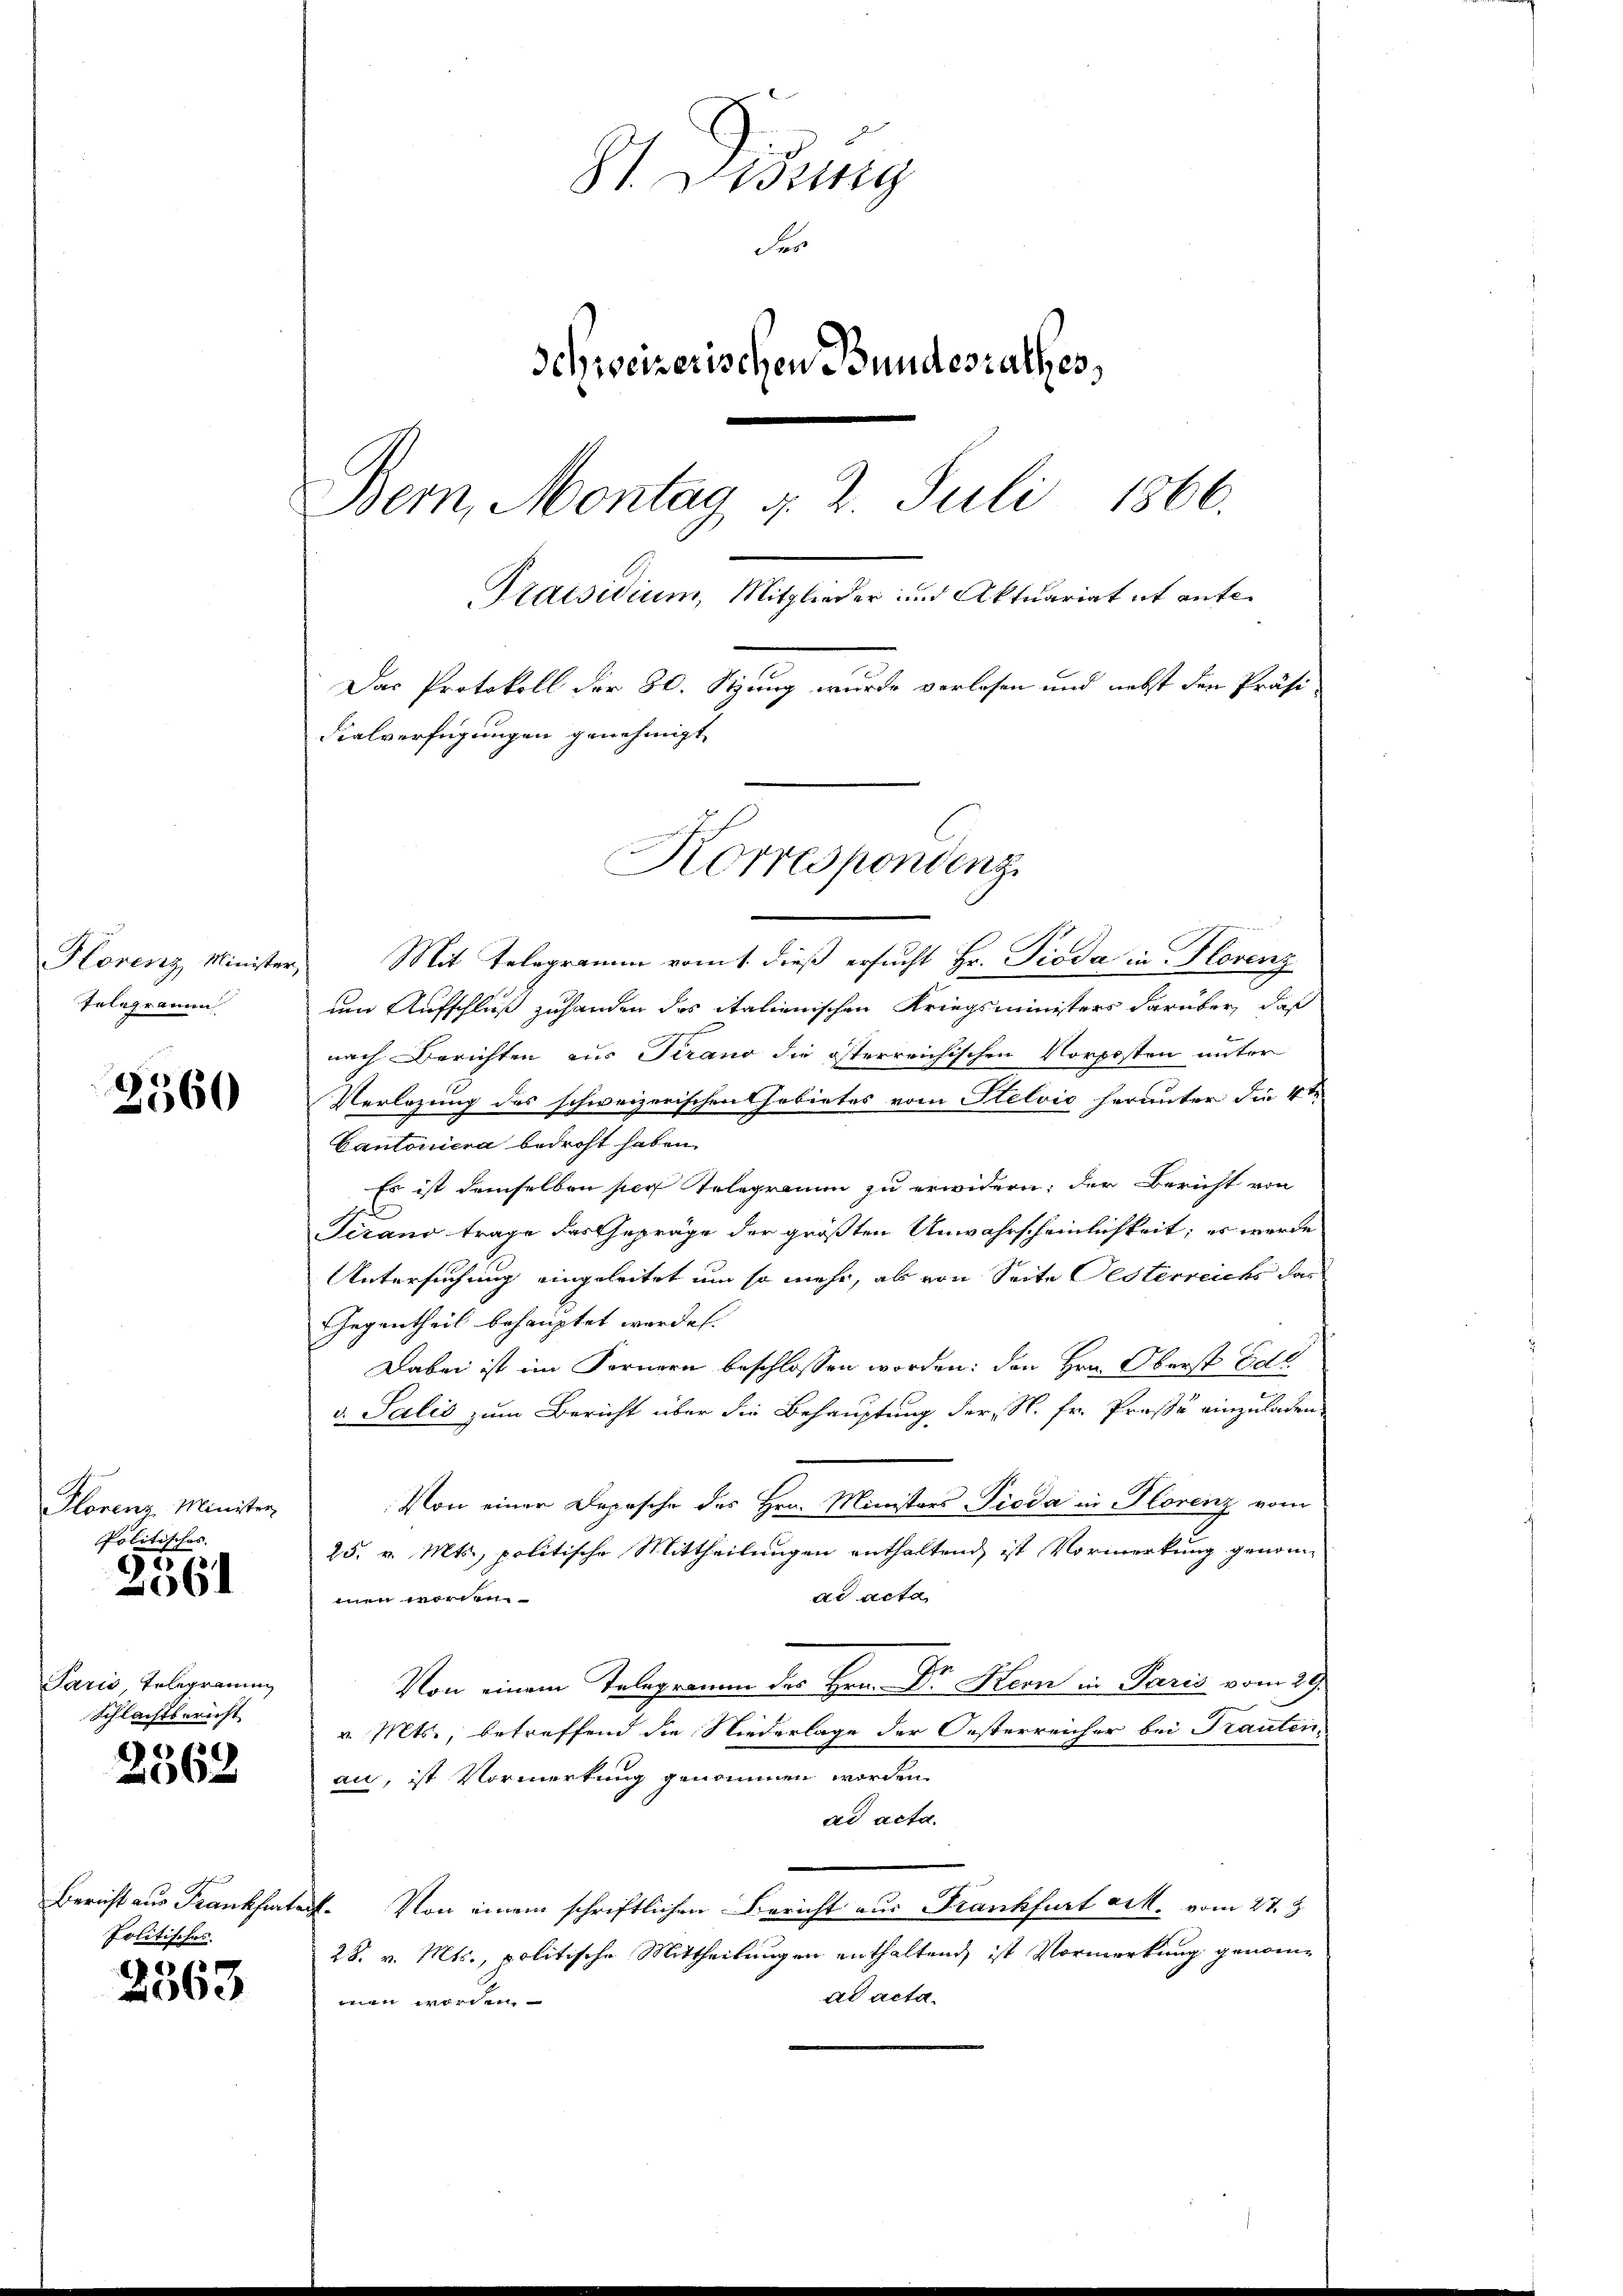
Honne weiter
Telegramm

2560

Florenz Minister
Politisches. |

s
061

Paris, Erlegrammg
Schlachtbericht

2562

Bericht aus Frankfurtert
Politisches.

2563

1 Didung
Fer
Schweizerischen Bundesrathes,
Bern, Montag u. 2. Juli 1866.
Praesidium, Mitglieder und Aktuariat it ente¬
Das Protokoll der 80. Stung wurde verlesen und nebst den Präsi-
dialverfügungen genehmigt

Mit Telegramm vom 1. dieß ersucht Hr. Pioda in Florenz
um Aufschluß zuhanden das italienischen Kriegsministers darüber, daß
x
nach Berichten aus Tirano die österreichischen Vorposten unter
Verlegung des schweizerischen Gebietes vom Stelvić herunter die 4ten
Cantoniera bedroht haben.
Es ist demselben per Telegramm zu erwidern; der Bericht von
Tirand trage das Gepräge der größten Unwahrscheinlichkeit; es werde
Untersuchung eingeleitet um so mehr, als von Seite Oesterreichs das
Gegentheil behauptet worden.
Dabei ist im Fornern beschlossen worden: den Hrn. Oberst Edl
v. Salis zum Bericht über die Behauptung der N. Fr. Prose einzuladen
Von einer Depesche des Hrn. Ministers Pioda in Florenz vom
25. v. Mts., politische Mittheilungen enthaltend ist Vormerkung genomad acta
men worden.
Von einem Telegramm des Hrn. Dr. Hern in Paris vom 29.
v. Mts., betreffend die Niederlage der Oesterreicher bei Trauten.
an, ist Vormerkung genommen worden.
ad acta.
Von einem schriftlichen Bericht aus Frankfurt erk. vom 27. 8
28. v. Mts., politische Mittheilungen enthaltend ist Vormerkung genomad acta.
men worden.

Korrespondenz